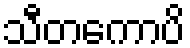
သီတကောပိ